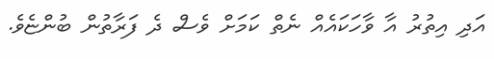
އަދި އިތުރު އާ ވާހަކައެއް ނެތް ކަމަށް ވެސް ދެ ފަރާތުން ބުންޏެވެ.